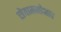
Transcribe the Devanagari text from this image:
सेवामनोभाव